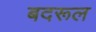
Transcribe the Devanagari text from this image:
बदरूल